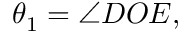
\theta _ { 1 } = \angle D O E ,